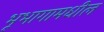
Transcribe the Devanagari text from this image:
भूभागामधील